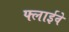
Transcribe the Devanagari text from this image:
फ्लाईवे